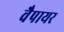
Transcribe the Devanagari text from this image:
वैपायर